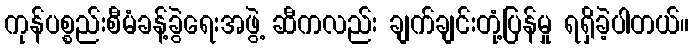
ကုန်ပစ္စည်းစီမံခန့်ခွဲရေးအဖွဲ့ ဆီကလည်း ချက်ချင်းတုံ့ပြန်မှု ရရှိခဲ့ပါတယ်။